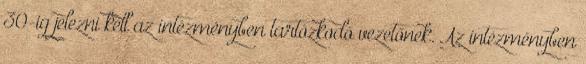
30-ig jelezni kell az intézményben tartózkodó vezetőnek. Az intézményben